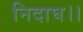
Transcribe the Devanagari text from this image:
निदाघ।।